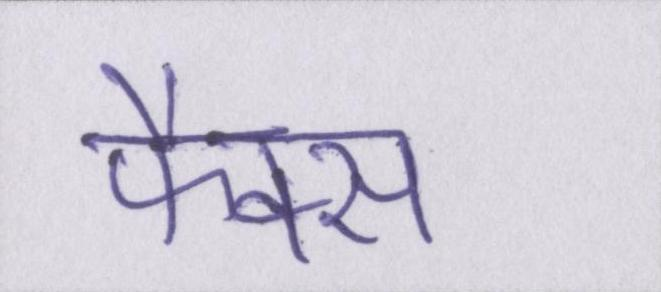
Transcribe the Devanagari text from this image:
फैक्स